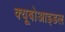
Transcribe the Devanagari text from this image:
क्यूबोआइडल